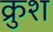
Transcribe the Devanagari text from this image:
क्रुश